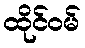
ထိုင်ဝမ်